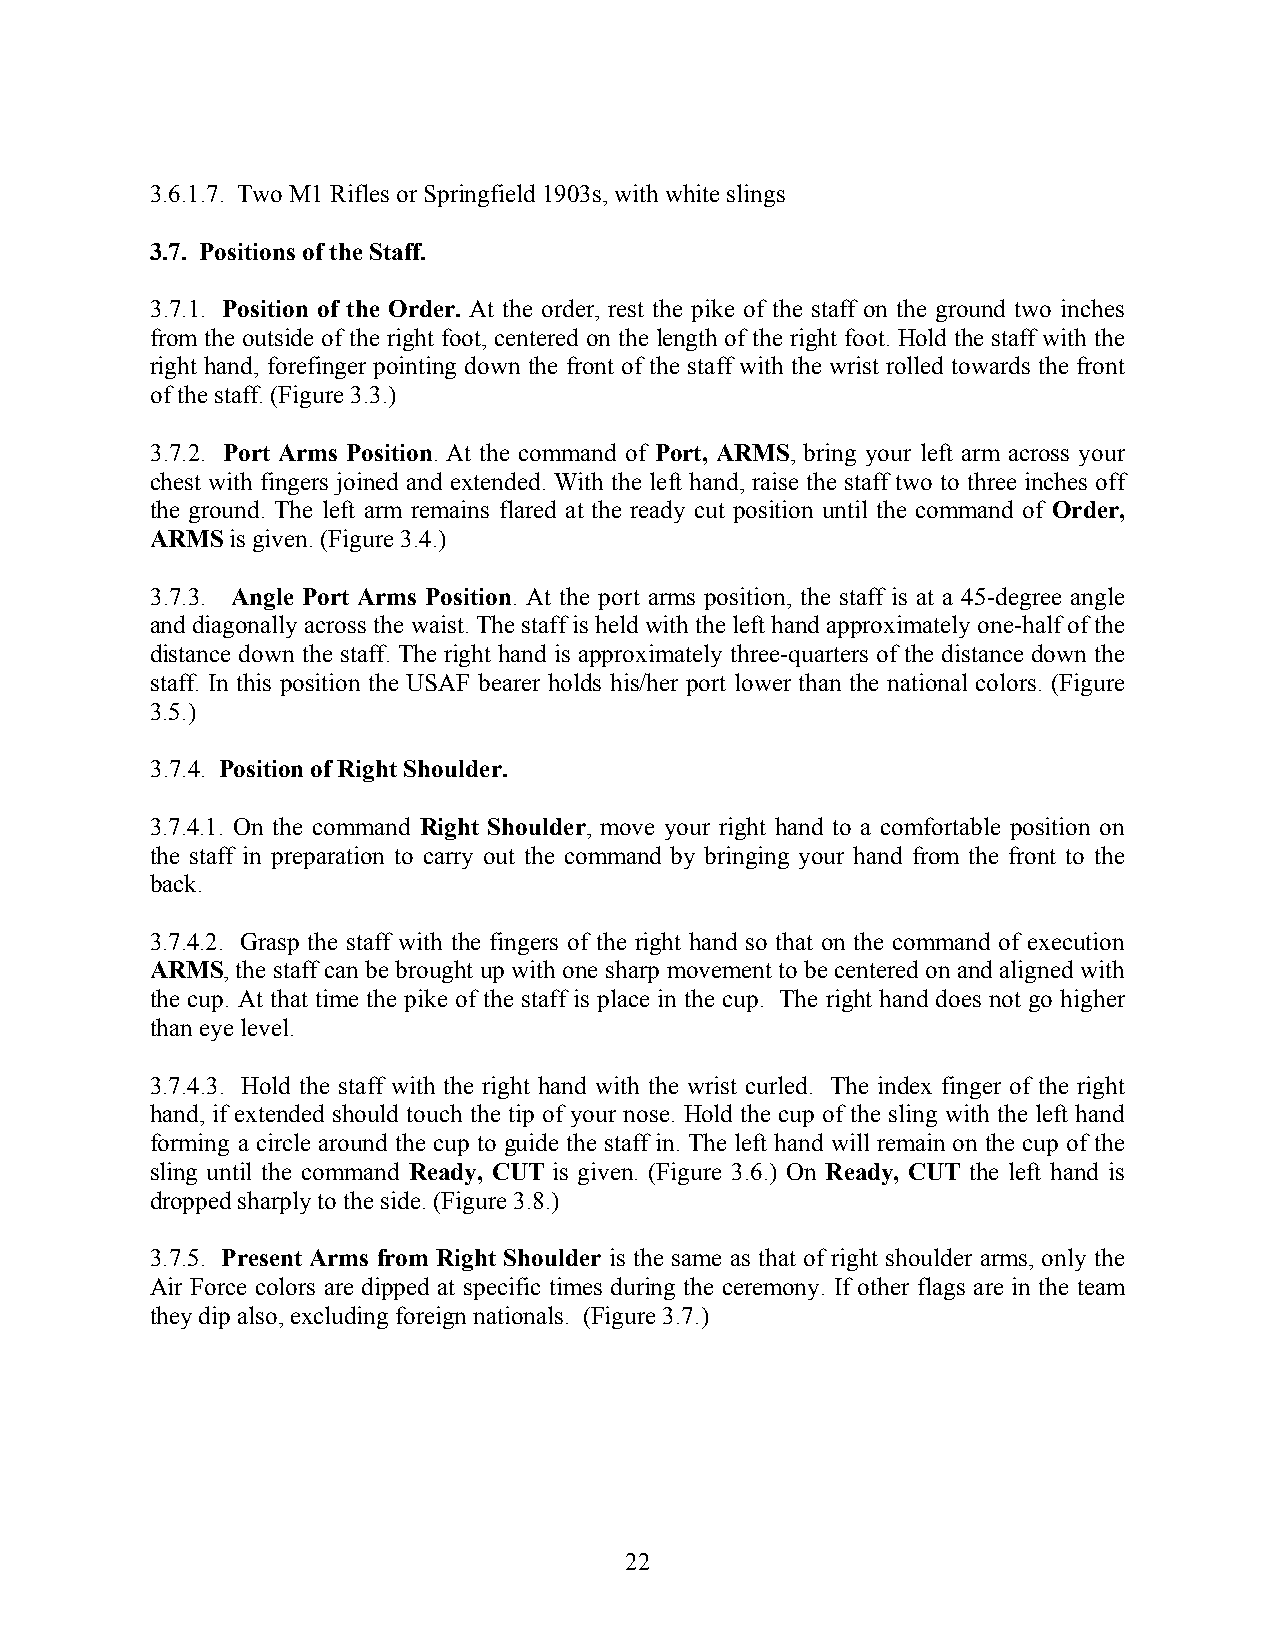
3.6.1.7. Two M1 Rifles or Springfield 1903s, with white slings
 3.7. Positions of the Staff.
 3.7.1. Position of the Order. At the order, rest the pike of the staff on the ground two inches
 from the outside of the right foot, centered on the length of the right foot. Hold the staff with the
 right hand, forefinger pointing down the front of the staff with the wrist rolled towards the front
 of the staff. (Figure 3.3.)
 3.7.2. Port Arms Position. At the command of Port, ARMS, bring your left arm across your
 chest with fingers joined and extended. With the left hand, raise the staff two to three inches off
 the ground. The left arm remains flared at the ready cut position until the command of Order,
 ARMS is given. (Figure 3.4.)
 3.7.3. Angle Port Arms Position. At the port arms position, the staff is at a 45-degree angle
 and diagonally across the waist. The staff is held with the left hand approximately one-half of the
 distance down the staff. The right hand is approximately three-quarters of the distance down the
 staff. In this position the USAF bearer holds his/her port lower than the national colors. (Figure
 3.5.)
 3.7.4. Position of Right Shoulder.
 3.7.4.1. On the command Right Shoulder, move your right hand to a comfortable position on
 the staff in preparation to carry out the command by bringing your hand from the front to the
 back.
 3.7.4.2. Grasp the staff with the fingers of the right hand so that on the command of execution
 ARMS, the staff can be brought up with one sharp movement to be centered on and aligned with
 the cup. At that time the pike of the staff is place in the cup. The right hand does not go higher
 than eye level.
 3.7.4.3. Hold the staff with the right hand with the wrist curled. The index finger of the right
 hand, if extended should touch the tip of your nose. Hold the cup of the sling with the left hand
 forming a circle around the cup to guide the staff in. The left hand will remain on the cup of the
 sling until the command Ready, CUT is given. (Figure 3.6.) On Ready, CUT the left hand is
 dropped sharply to the side. (Figure 3.8.)
 3.7.5. Present Arms from Right Shoulder is the same as that of right shoulder arms, only the
 Air Force colors are dipped at specific times during the ceremony. If other flags are in the team
 they dip also, excluding foreign nationals. (Figure 3.7.)
 22